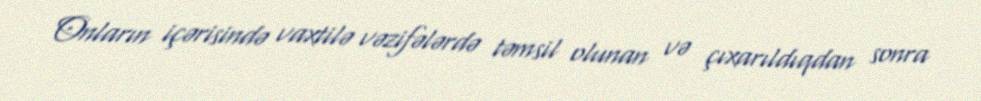
Onların içərisində vaxtilə vəzifələrdə təmsil olunan və çıxarıldıqdan sonra